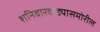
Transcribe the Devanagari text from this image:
शनिवारवाड्यासमोरील